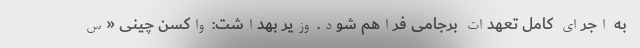
به اجرای کامل تعهدات برجامی فراهم شود. وزیر بهداشت: واکسن چینی «س